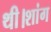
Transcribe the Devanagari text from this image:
थी।शांग